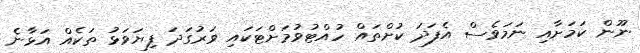
ނޫން ކަމަށާއި ނަމަވެސް އެފަދަ ކުށްތައް ހުއްޓުވުމަށްޓަކައި ވަރުގަދަ ފިޔަވަޅު ތަކެއް އަޅާނެ